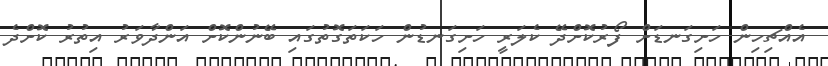
އެއްޗިހިން ހަށިގަނޑަށް ފޯރުކޮށްދޭ ކެލަރީ ހަށިގަނޑުން ހަކަތަގޮތުގައި ބޭނުންކޮށް އަންދާވަރު އިތުރު ކޮށްދެ